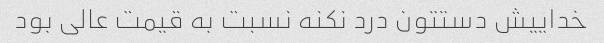
خداییش دستتون درد نکنه نسبت به قیمت عالی بود